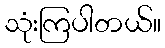
သုံးကြပါတယ်။